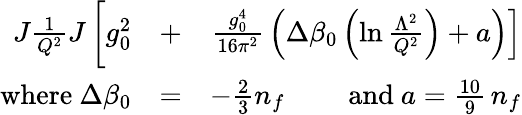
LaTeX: \begin{array}{rlr}{\! \! \! \! \! \! \! \! \! \! \! \! J{\frac{1}{Q^{2}}}J\left[\rule{0cm}{7mm}g_{0}^{2}\right.}&{+}&{\left.{\frac{g_{0}^{4}}{16\pi^{2}}}\left(\Delta\beta_{0}\left(\ln{\frac{\Lambda^{2}}{Q^{2}}}\right)+a\right)\right]}\\ {\mathrm{where\ }\Delta\beta_{0}}&{=}&{-\frac 23n_{f}\mathrm{\qquad~and\ }a=\frac{10}9\, n_{f}}\end{array}